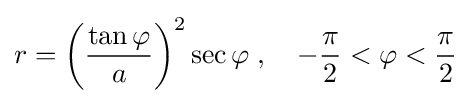
r=\left({\frac {\tan \varphi }{a}}\right)^{2}\sec \varphi \;,\quad -{\frac {\pi }{2}}<\varphi <{\frac {\pi }{2}}